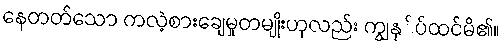
နေတတ်သော ကလဲ့စားချေမှုတမျိုးဟုလည်း ကျွနု်ပ်ထင်မိ၏။